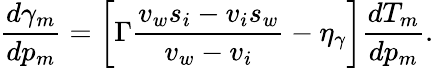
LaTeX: \frac{d\gamma_{m}}{dp_{m}}=\left[\Gamma\frac{v_{w}s_{i}-v_{i}s_{w}}{v_{w}-v_{i}}-\eta_{\gamma}\right]\frac{dT_{m}}{dp_{m}}.